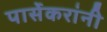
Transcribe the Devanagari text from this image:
पार्सेकरांनी